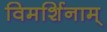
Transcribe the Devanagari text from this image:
विमर्शिनाम्